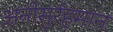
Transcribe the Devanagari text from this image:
अनीसुर्रहमान